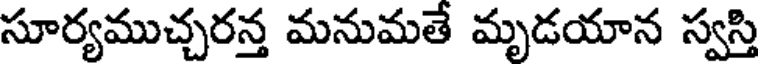
సూర్యముచ్చరన్త మనుమతే మృడయాన స్వస్తి